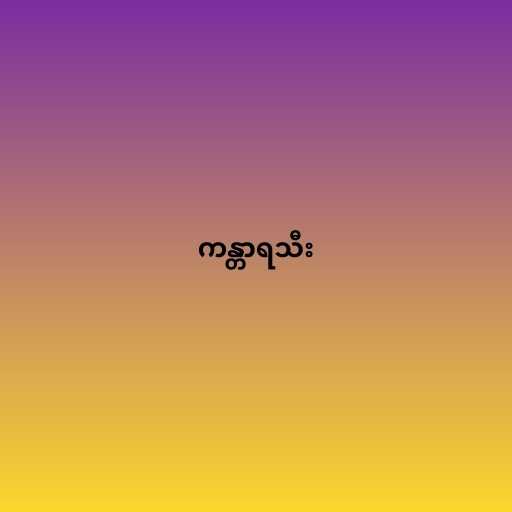
ကန္တာရသီး